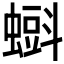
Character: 𧐝